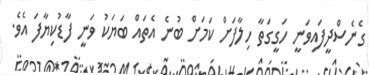
ގެނެސްދީފައިވަނީ ހަގީގަތާ ހިލާފަށް ކަމަށް ބުނެ އެތައް ބަޔަކު ވަނީ ފާޑުކިޔާފަ އެވެ.